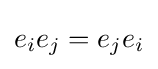
e_{i}e_{j}=e_{j}e_{i}